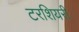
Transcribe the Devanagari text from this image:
टरशियरी